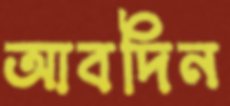
আবদিন